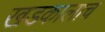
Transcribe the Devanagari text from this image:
खडकालाच